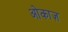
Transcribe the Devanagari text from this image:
ओकाज़